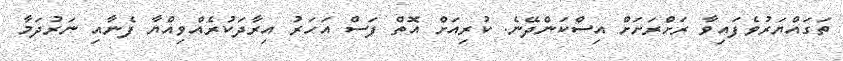
ތަގައްޔަރުވެފައިވާ ރަށްރަށަށް އިސްކަންދޭނެ. ކުރިއަށް އޮތް ފަސް އަހަރު އިރާދަކުރެއްވިއްޔާ ފެނާއި ނަރުދަމާ